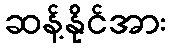
ဆန့်နိုင်အား